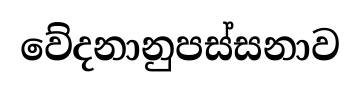
වේදනානුපස්සනාව